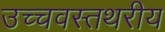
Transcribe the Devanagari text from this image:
उच्चवस्तथरीय